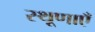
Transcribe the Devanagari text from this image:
स्थूणाएँ